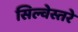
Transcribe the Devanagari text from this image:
सिल्वेस्तरे